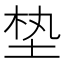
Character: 𪣖